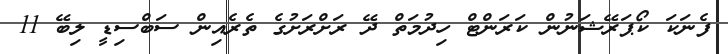
ފެނަކަ ކޯޕަރޭޝަނުން ކަރަންޓް ހިދުމަތް ދޭ ރަށްރަށުގެ ތެރެއިން ސަބްސިޑީ ލިބޭ 11